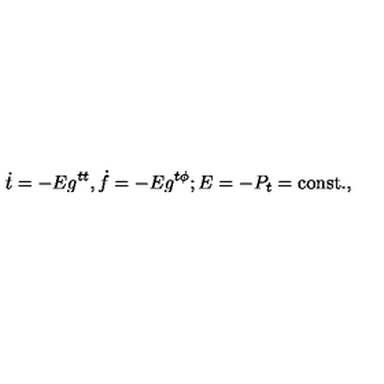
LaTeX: \dot { t } = - E g ^ { t t } , \dot { f } = - E g ^ { t \phi } ; E = - P _ { t } = \mathrm { c o n s t . } ,